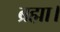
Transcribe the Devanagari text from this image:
ब्रह्मा।